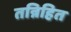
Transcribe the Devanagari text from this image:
तन्निहित